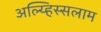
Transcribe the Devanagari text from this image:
अल्य्हिस्सलाम